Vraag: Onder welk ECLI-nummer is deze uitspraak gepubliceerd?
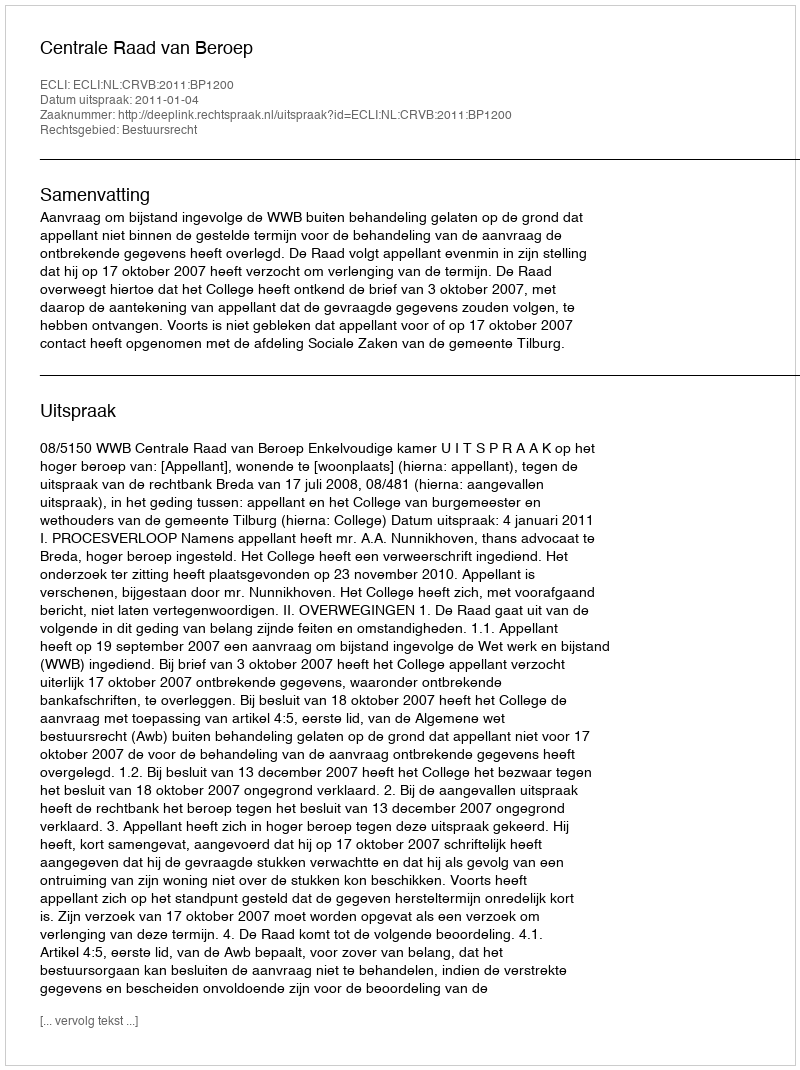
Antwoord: ECLI:NL:CRVB:2011:BP1200